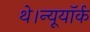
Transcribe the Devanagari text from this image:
थे।न्यूयॉर्क